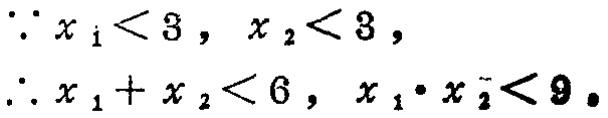
\(\because x_{1}<3,\ x_{2}<3,\)
\(\therefore x_{1}+x_{2}<6,\ x_{1}\cdot x_{2}<9。\)